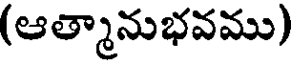
(ఆత్మానుభవము)